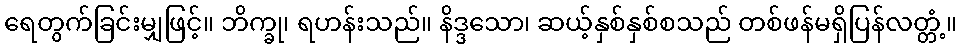
ရေတွက်ခြင်းမျှဖြင့်။ ဘိက္ခု၊ ရဟန်းသည်။ နိဒ္ဒသော၊ ဆယ့်နှစ်နှစ်စသည် တစ်ဖန်မရှိပြန်လတ္တံ့။